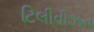
ટિલીવીઝન